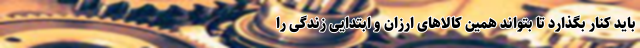
باید کنار بگذارد تا بتواند همین کالاهای ارزان و ابتدایی زندگی را